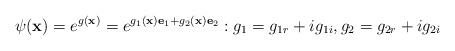
\begin{align*}\psi(\textbf{x})=e^{g(\textbf{x})}=e^{g_1(\textbf{x})\textbf{e}_1+g_2(\textbf{x})\textbf{e}_2}:g_1=g_{1r}+ig_{1i},g_2=g_{2r}+ig_{2i}\end{align*}